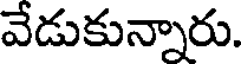
వేడుకున్నారు.